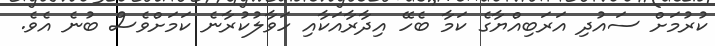
ކުރުމަށް ސައުދި އަރަބިއްޔާގެ ކަމާ ބެހޭ އިދާރާއަކާއި ހަވާލުކުރާނެ ކަަމަށްވެސް ބުނެ އެވެ.